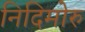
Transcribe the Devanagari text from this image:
निदिमोरु